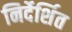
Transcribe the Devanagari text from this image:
निर्देर्शित